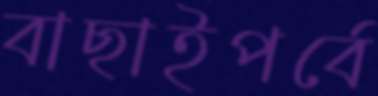
বাছাইপর্বে